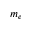
m _ { e }